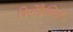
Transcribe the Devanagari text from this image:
किरोप्रैक्टिक